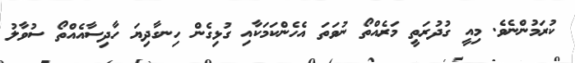
ކުރަމުންނެވެ. މިއީ ގުދުރަތީ މަރެއްތޯ ނުވަތަ އެހެންކަމަކާއި ގުޅިގެން ހިނގާދިޔަ ހާދިސާއެއްތޯ ސުވާލު